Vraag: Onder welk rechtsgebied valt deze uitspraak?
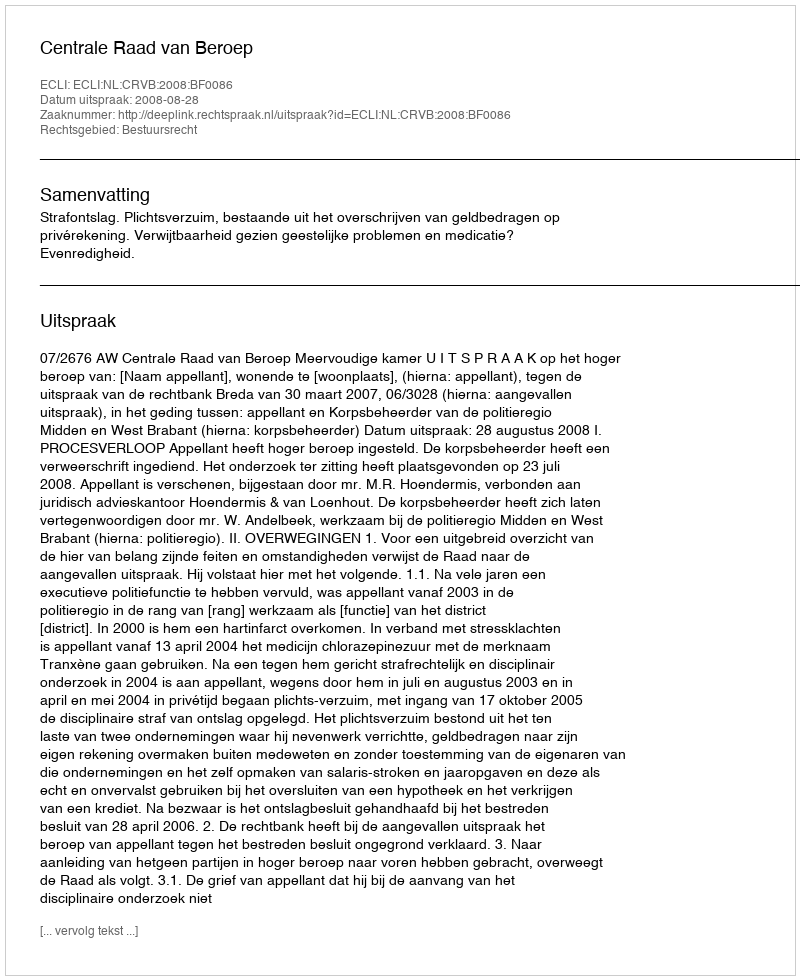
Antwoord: Bestuursrecht